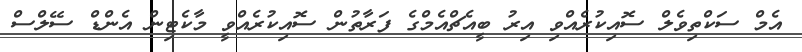
އެމް ސަކްތިވެލް ސޮއިކުރެއްވި އިރު ބީއެޗްއެމްގެ ފަރާތުން ސޮއިކުރެއްވީ މާކެޓިން އެންޑް ސޭލްސް